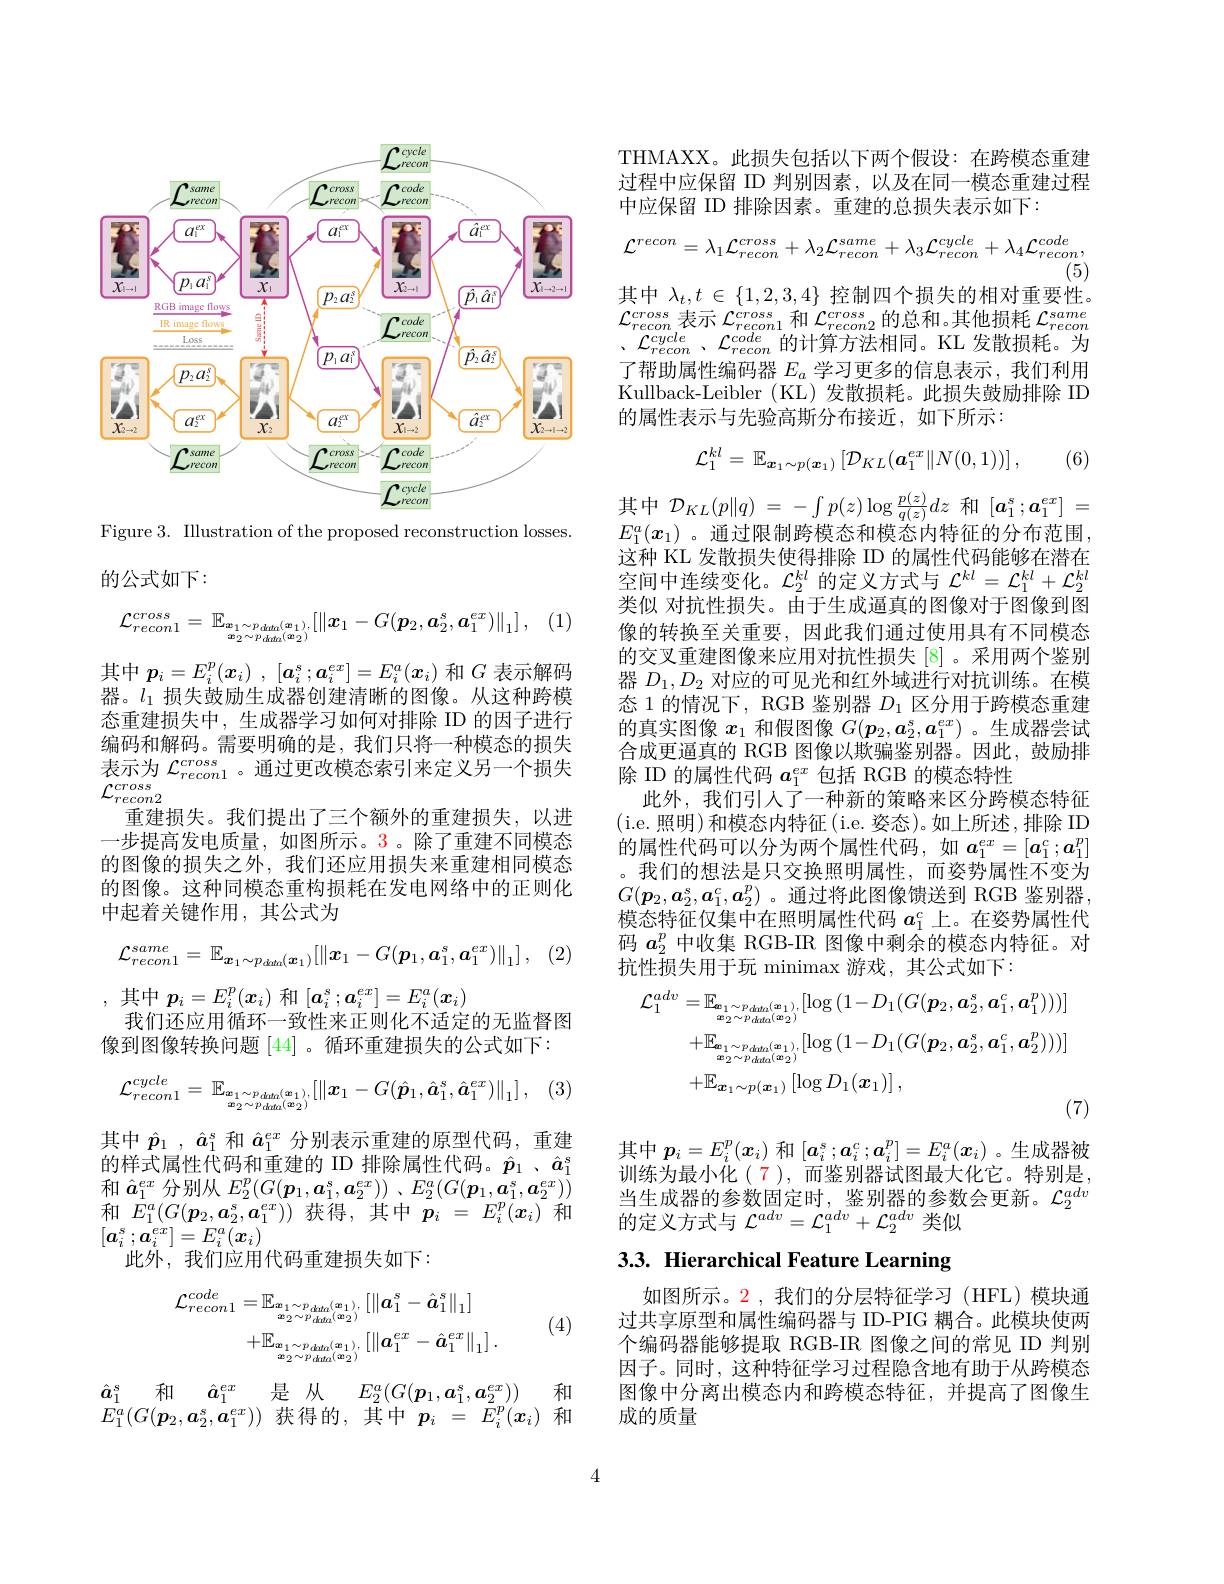
<FigureHere>

Figure 3. Illustration of the proposed reconstruction losses
的公式如下：
$$\mathcal{L}_{recon1}^{cross}=\mathbb{E}_{\boldsymbol{x}_{1}\sim p_{data}(\boldsymbol{x}_{1}),}[\|\boldsymbol{x}_{1}-G(\boldsymbol{p}_{2},\boldsymbol{a}_{2}^{s},\boldsymbol{a}_{1}^{ex})\|_{1}]\:,$$
其中$p_i= E_i^p( x_i)$ , $[ a_i^s; a_i^{ex}] = E_i^a( x_i)$和$G$表示解码器。$l_1$损失鼓励生成器创建清晰的图像。从这种跨模态重建损失中，生成器学习如何对排除 ID 的因子进行编码和解码。需要明确的是，我们只将一种模态的损失表示为$\mathcal{L}_{recon1}^{cross}$ 。通过更改模态索引来定义另一个损失$\mathcal{L}_{recon2}^{cross}$
重建损失。我们提出了三个额外的重建损失，以进一步提高发电质量，如图所示。3。除了重建不同模态的图像的损失之外，我们还应用损失来重建相同模态的图像。这种同模态重构损耗在发电网络中的正则化中起着关键作用，其公式为
$$\mathcal{L}_{recon1}^{same}=\mathbb{E}_{\boldsymbol{x}_{1}\sim p_{data}(\boldsymbol{x}_{1})}[\|\boldsymbol{x}_{1}-G(\boldsymbol{p}_{1},\boldsymbol{a}_{1}^{s},\boldsymbol{a}_{1}^{ex})\|_{1}]\:,$$
,其中$p_i=E_i^p(\boldsymbol{x}_i)$ 和$[\boldsymbol a_i^s;\boldsymbol{a}_i^{ex}]=E_i^a(\boldsymbol{x}_i)$
我们还应用循环一致性来正则化不适定的无监督图
像到图像转换问题[44] 。循环重建损失的公式如下：

(3
$$\mathcal{L}_{recon1}^{cycle}=\mathbb{E}_{\boldsymbol{x}_1\sim p_{data}(\boldsymbol{x}_1),}[\|\boldsymbol{x}_1-G(\hat{\boldsymbol{p}}_1,\hat{\boldsymbol{a}}_1^s,\hat{\boldsymbol{a}}_1^{ex})\|_1]\:,$$
其中$\hat{p} _1$ , $\hat{a} _1^s$和$\hat{a}_1^{ex}$分别表示重建的原型代码，重建的样式属性代码和重建的 ID 排除属性代码。$\hat{p}_1$ 、$\hat{a}_1^s$ 和$\hat{a}_1^{ex}$分别从$E_2^p( G( \boldsymbol{p}_1, \boldsymbol{a}_1^s, \boldsymbol{a}_2^{ex}) )$ $, E_2^a( G( \boldsymbol{p}_1, \boldsymbol{a}_1^s, \boldsymbol{a}_2^{ex}) )$ 和$E_1^a(G(\boldsymbol{p}_2,\boldsymbol{a}_2^s,\boldsymbol{a}_1^{ex}))$获得，其中$\boldsymbol p_i=E_i^p(\boldsymbol{x}_i)$和$[a_i^s;\boldsymbol{a}_i^{ex}]=E_i^a(\boldsymbol{x}_i)$
此外，我们应用代码重建损失如下：
$$\begin{aligned}\mathcal{L}_{recon1}^{code}&=\mathbb{E}_{\boldsymbol{x}_{1}\sim p_{data}(\boldsymbol{x}_{1}),}\left[\|\boldsymbol{a}_{1}^{s}-\hat{\boldsymbol{a}}_{1}^{s}\|_{1}\right]\\&+\mathbb{E}_{\boldsymbol{x}_{1}\sim p_{data}(\boldsymbol{x}_{1}),}\left[\|\boldsymbol{a}_{1}^{ex}-\hat{\boldsymbol{a}}_{1}^{ex}\|_{1}\right].\end{aligned}$$
(4)

$\begin{array}{ll}\hat{a}_1^s&\text{和}&\hat{a}_1^{ex}&\text{是 从}&E_2^a(G(\boldsymbol{p}_1,\boldsymbol{a}_1^s,\boldsymbol{a}_2^{ex}))&\text{和}\\E_1^a(G(\boldsymbol{p}_2,\boldsymbol{a}_2^s,\boldsymbol{a}_1^{ex}))&\text{获得的，其中}&\boldsymbol{p}_i&=&E_i^p(\boldsymbol{x}_i)&\text{和}\end{array}$

4

THMAXX。此损失包括以下两个假设：在跨模态重建过程中应保留 ID 判别因素，以及在同一模态重建过程中应保留 ID 排除因素。重建的总损失表示如下：
$$\mathcal{L}^{recon}=\lambda_{1}\mathcal{L}_{recon}^{cross}+\lambda_{2}\mathcal{L}_{recon}^{same}+\lambda_{3}\mathcal{L}_{recon}^{cycle}+\lambda_{4}\mathcal{L}_{recon}^{code},$$
其中$\lambda_t,t\in\{1,2,3,4\}$控制四个损失的相对重要性。

$\mathcal{L}_{recon}^{cross}$表示 $\mathcal{L}_recon1^{cross}$和 $\mathcal{L}_recon2^{cross}$的总和。其他损耗 $\mathcal{L}_recon^{same}$ $、 \mathcal{L} _{recon}^{cycle}$ $, \mathcal{L} _{recon}^{code}$的计算方法相同。KL 发散损耗。为了帮助属性编码器$E_a$学习更多的信息表示，我们利用Kullback-Leibler (KL)发散损耗。此损失鼓励排除 ID 的属性表示与先验高斯分布接近，如下所示：
$$\mathcal{L}_{1}^{kl}=\:\mathbb{E}_{\boldsymbol{x}_{1}\sim p(\boldsymbol{x}_{1})}\left[\mathcal{D}_{KL}(\boldsymbol{a}_{1}^{ex}\|N(0,1))\right],$$
(6)
$$\mathcal{D}_{KL}(p\|q)\:=\:-\int p(z)\log\frac{p(z)}{q(z)}dz\:\text{和}\:[\boldsymbol{a}_{1}^{s};\boldsymbol{a}_{1}^{ex}]\:=$$
$E_1^a(x_1)$ 。通过限制跨模态和模态内特征的分布范围， 这种 KL 发散损失使得排除 ID 的属性代码能够在潜在空间中连续变化。$\mathcal{L}_2^kl$的定义方式与$\mathcal{L}^kl=\mathcal{L}_1^{kl}+\mathcal{L}_2^{kl}$ 类似 对抗性损失。由于生成逼真的图像对于图像到图像的转换至关重要，因此我们通过使用具有不同模态的交叉重建图像来应用对抗性损失[8]。采用两个鉴别器$D_1,D_2$对应的可见光和红外域进行对抗训练。在模态 1 的情况下，RGB 鉴别器$D_1$区分用于跨模态重建的真实图像$x_1$和假图像$G(\boldsymbol{p}_2,\boldsymbol{a}_2^s,\boldsymbol{a}_1^{ex})$ 。生成器尝试合成更逼真的 RGB 图像以欺骗鉴别器。因此，鼓励排除 ID 的属性代码$a_1^{ex}$包括 RGB 的模态特性
此外，我们引人了一种新的策略来区分跨模态特征(i.e.照明)和模态内特征(i.e. 姿态)。如上所述，排除 ID 的属性代码可以分为两个属性代码，如$\boldsymbol{a}_1^{ex}=[\boldsymbol{a}_1^c;\boldsymbol{a}_1^p]$ 。我们的想法是只交换照明属性，而姿势属性不变为$G(\boldsymbol{p}_2,\boldsymbol{a}_2^s,\boldsymbol{a}_1^c,\boldsymbol{a}_2^p)$。通过将此图像馈送到 RGB 鉴别器， 模态特征仅集中在照明属性代码$a_1^c$上。在姿势属性代码$a_2^p$中收集 RGB-IR 图像中剩余的模态内特征。对抗性损失用于玩 minimax 游戏，其公式如下：
$$\begin{aligned}\mathcal{L}_{1}^{adv}&=\mathbb{E}_{\boldsymbol{e}_{1}\sim p_{duta}(\boldsymbol{a}_{1}),}[\log{(1-D_{1}(G(\boldsymbol{p}_{2},\boldsymbol{a}_{2}^{s},\boldsymbol{a}_{1}^{c},\boldsymbol{a}_{1}^{p})))}]\\&+\mathbb{E}_{\boldsymbol{x}_{1}\sim p_{duta}(\boldsymbol{x}_{1}),}[\log{(1-D_{1}(G(\boldsymbol{p}_{2},\boldsymbol{a}_{2}^{s},\boldsymbol{a}_{1}^{c},\boldsymbol{a}_{2}^{p})))}]\\&+\mathbb{E}_{\boldsymbol{x}_{1}\sim p(\boldsymbol{x}_{1})}\left[\log D_{1}(\boldsymbol{x}_{1})\right],\end{aligned}$$
其中$p_i=E_i^p(x_i)$和$[\boldsymbol{a}_i^s;\boldsymbol{a}_i^c;\boldsymbol{a}_i^p]=E_i^a(\boldsymbol{x}_i)$ 。生成器被训练为最小化(7),而鉴别器试图最大化它。特别是， 当生成器的参数固定时，鉴别器的参数会更新。$\mathcal{L}_2^{adv}$ 的定义方式与$\mathcal{L}^adv=\mathcal{L}_1^{adv}+\mathcal{L}_2^{adv}$类似

# 3.3. Hierarchical Feature Learning

如图所示。$\color{red}{2}$,我们的分层特征学习(HFL)模块通过共享原型和属性编码器与 ID-PIG 耦合。此模块使两个编码器能够提取 RGB-IR 图像之间的常见 ID 判别因子。同时，这种特征学习过程隐含地有助于从跨模态图像中分离出模态内和跨模态特征，并提高了图像生成的质量